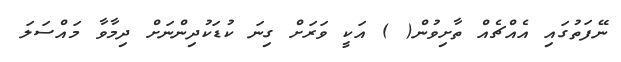
ނޭފަތުގައި އެއްޗެއް ތާށިވުން( ) އަކީ ވަރަށް ގިނަ ކުޑަކުދިންނަށް ދިމާވާ މައްސަލަ